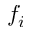
f _ { i }